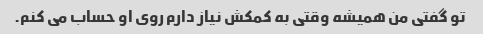
تو گفتی من همیشه وقتی به کمکش نیاز دارم روی او حساب می کنم.